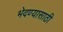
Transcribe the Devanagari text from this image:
भेदण्यासाठी